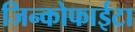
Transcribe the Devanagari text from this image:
जिन्कोफाईटा